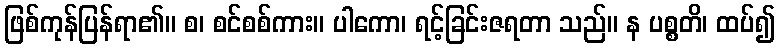
ဖြစ်ကုန်ပြန်ရာ၏။ စ၊ စင်စစ်ကား။ ပါကော၊ ရင့်ခြင်းဇရတာ သည်။ န ပစ္စတိ၊ ထပ်၍